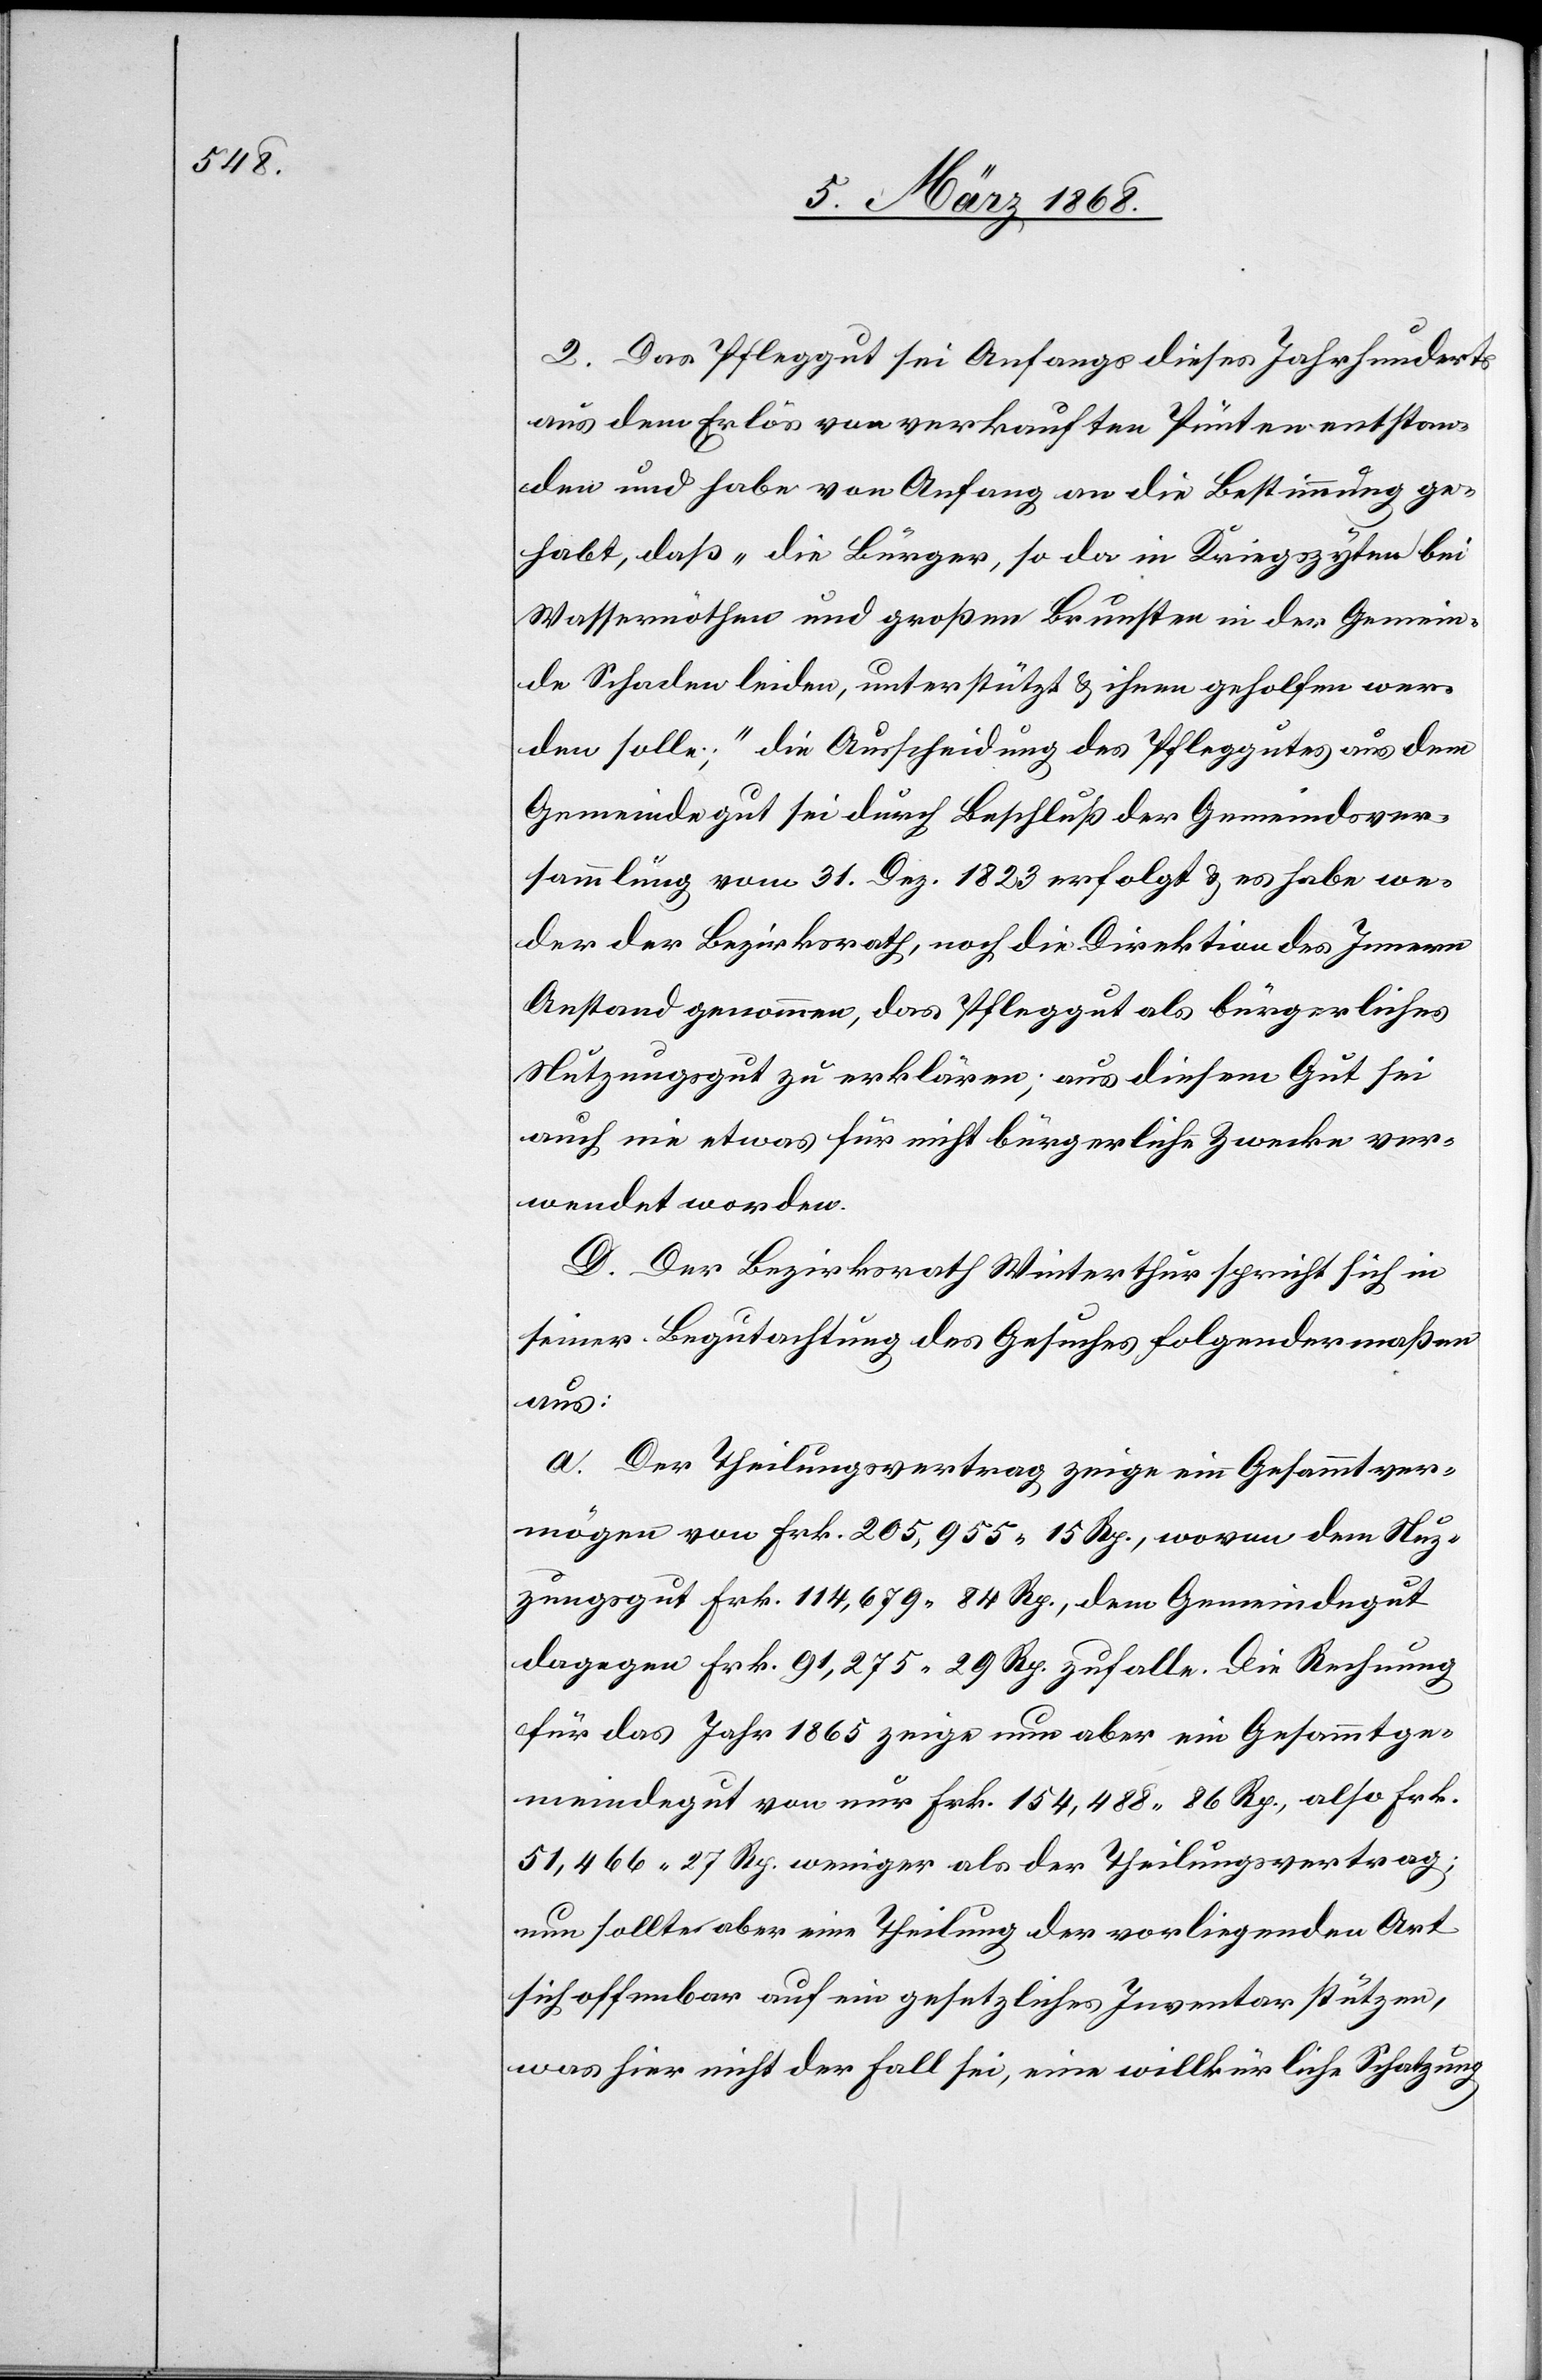
2. Das Pfleggut sei Anfangs dieses Jahrhunderts
aus dem Erlös von verkauften Pünten entstan¬
den und habe von Anfang an die Bestimmung ge¬
habt, daß „die Bürger, so da in Kriegszyten bei
Wassernöthen und großen Brunsten in der Gemein¬
de Schaden leiden, unterstützt & ihnen geholfen wer¬
den solle;“ die Ausscheidung des Pfleggutes aus dem
Gemeindegut sei durch Beschluß der Gemeindsver¬
sammlung vom 31. Dez. 1823 erfolgt & es habe we¬
der der Bezirksrath, noch die Direktion des Innern
Anstand genommen, das Pfleggut als bürgerliches
Nutzungsgut zu erklären; aus diesem Gut sei
auch nie etwas für nicht bürgerliche Zwecke ver¬
wendet worden.
D. Der Bezirksrath Winterthur spricht sich in
seiner Begutachtung des Gesuches folgendermaßen
aus:
a. Der Theilungsvertrag zeige ein Gesammtver¬
mögen von Frk. 205,955. 15 Rp., wovon dem Nuz¬
zungsgut [sic!] Frk. 114,679. 84 Rp., dem Gemeindegut
dagegen Frk. 91,275. 29 Rp. zufalle. Die Rechnung
für das Jahr 1865 zeige nun aber ein Gesammtge¬
meindegut von nur Frk. 154,488. 86 Rp., also Frk.
51,466. 27 Rp. weniger als der Theilungsvertrag;
nun sollte aber eine Theilung der vorliegenden Art
sich offenbar auf ein gesetzliches Inventar stützen,
was hier nicht der Fall sei, eine willkürliche Schatzung